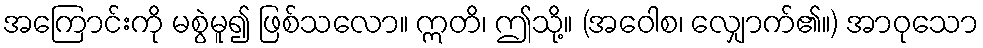
အကြောင်းကို မစွဲမူ၍ ဖြစ်သလော။ ဣတိ၊ ဤသို့။ (အဝေါစ၊ လျှောက်၏။) အာဝုသော